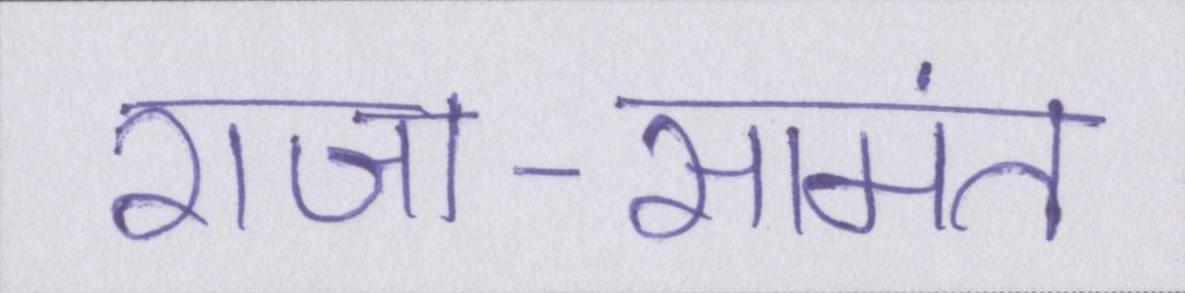
राजा-सामंत